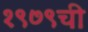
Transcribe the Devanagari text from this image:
१९७९ची